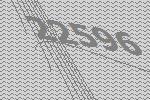
22596